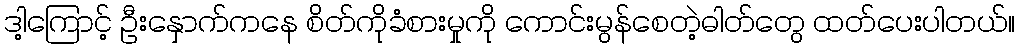
ဒါ့ကြောင့် ဦးနှောက်ကနေ စိတ်ကိုခံစားမှုကို ကောင်းမွန်စေတဲ့ဓါတ်တွေ ထတ်ပေးပါတယ်။